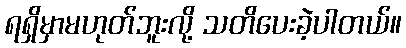
ရရှိမှာမဟုတ်ဘူးလို့ သတိပေးခဲ့ပါတယ်။